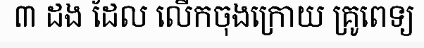
៣ ដង ដែល លើកចុងក្រោយ គ្រូពេទ្យ